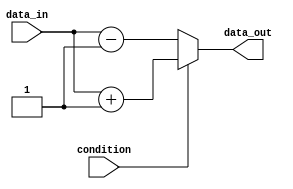
module if_else_example (
    input wire condition,
    input wire data_in,
    output reg data_out
);

always @(*) begin
    if (condition) begin
        // Execute this block of code if condition is true
        data_out = data_in + 1;
    end else begin
        // Execute this block of code if condition is false
        data_out = data_in - 1;
    end
end

endmodule